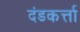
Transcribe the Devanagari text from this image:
दंडकर्त्ता